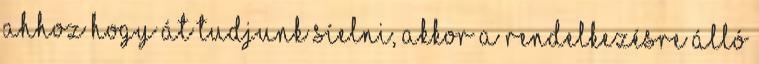
ahhoz hogy át tudjunk síelni, akkor a rendelkezésre álló